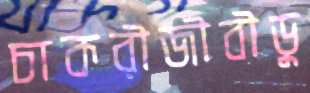
চাকরীজীবীডু